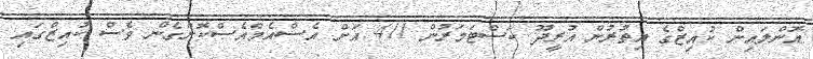
އޮންލައިން ކުއިޒްގެ އިތުރުން އުރީދޫ ކަސްޓަމަރުން 411 އަށް އެސްއެމްއެސްކޮށްގެން ވެސް ކުއިޒްގައި